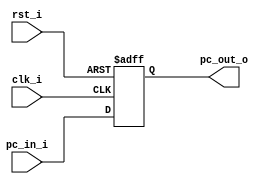
module ProgramCounter(
    clk_i,
	rst_i,
	pc_in_i,
	pc_out_o
);
     
//I/O ports
input           clk_i;
input	        rst_i;
input  [64-1:0] pc_in_i;
output [64-1:0] pc_out_o;
 
//Internal Signals
reg    [64-1:0] pc_out_o;
 
//Parameter

    
//Main function
always @(posedge clk_i or negedge rst_i) begin
    if(~rst_i)
	    pc_out_o <= 0;
	else
	    pc_out_o <= pc_in_i;
end

endmodule